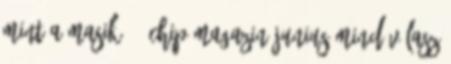
mint a masik. - Chip magazin junius mind VÁLASZ